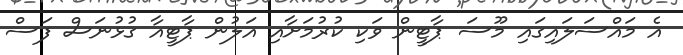
އެ މައްސަލައިގައި މޫސަ ޕާޓީން ވަކި ކުރުމަށާއި އަލުން ޕާޓީއާ ގުޅުނަސް ފަސް